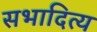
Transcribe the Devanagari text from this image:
सभादित्य